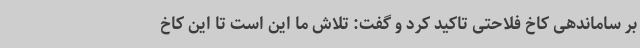
بر ساماندهی کاخ فلاحتی تاکید کرد و گفت: تلاش ما این است تا این کاخ